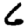
Digit: 6